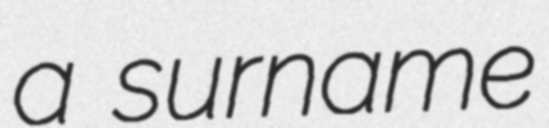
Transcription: a surname